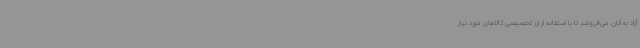
آزاد به آنان می‌فروشد تا با استفاده از ارز تخصیصی کالاهای مورد نیاز